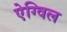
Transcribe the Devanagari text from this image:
ऐग्विल